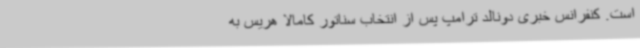
است. کنفرانس خبری دونالد ترامپ پس از انتخاب سناتور کامالا هریس به